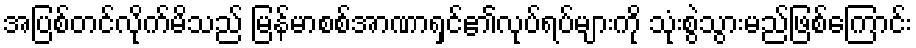
အပြစ်တင်လိုက်မိသည် မြန်မာစစ်အာဏာရှင်၏လုပ်ရပ်များကို သုံးစွဲသွားမည်ဖြစ်ကြောင်း